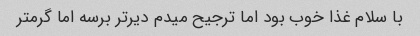
با سلام غذا خوب بود اما ترجیح میدم دیر‌تر برسه اما گرمتر